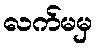
လက်မမှ